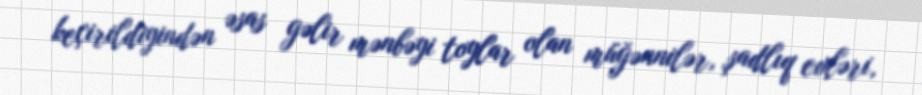
keçirildiyindən əsas gəlir mənbəyi toylar olan müğənnilər, şadlıq evləri,